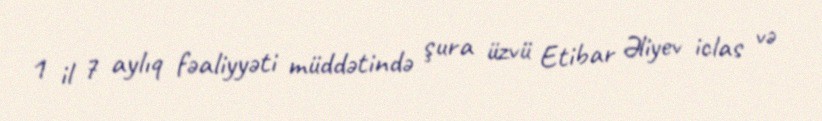
1 il 7 aylıq fəaliyyəti müddətində şura üzvü Etibar Əliyev iclas və